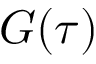
G ( \tau )